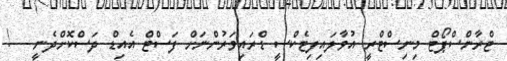
ޓްރާންސްޕޯޓް މިނިސްޓްރީ އުވާލައިފިޓެކްސީ ޑްރައިވަރުންނަށް ފަސްޓް އެއިޑް ދަސްކޮށްދެނީ   !